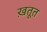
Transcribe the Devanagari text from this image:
ख़तूत